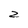
Character: z